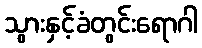
သွားနှင့်ခံတွင်းရောဂါ